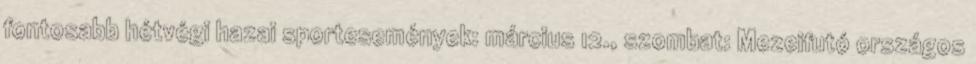
fontosabb hétvégi hazai sportesemények: március 12., szombat: Mezeifutó országos